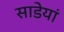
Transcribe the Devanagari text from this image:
साडेयां